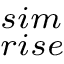
_ { r i s e } ^ { s i m }